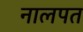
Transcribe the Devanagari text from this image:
नालपत